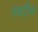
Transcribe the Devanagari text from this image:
श्वरीन